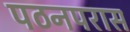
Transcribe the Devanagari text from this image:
पठनपरास